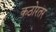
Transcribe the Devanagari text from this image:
कठोरतर